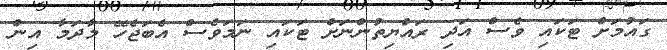
ގައުމަށް ޓަކައި ވެސް އަދި ރައްޔިތުންނަށް ޓަކައި ނަމަވެސް އެބަޖެހޭ މާދަމާ އިން